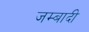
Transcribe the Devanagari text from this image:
जम्बादी